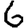
Digit: 6